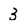
Character: 3